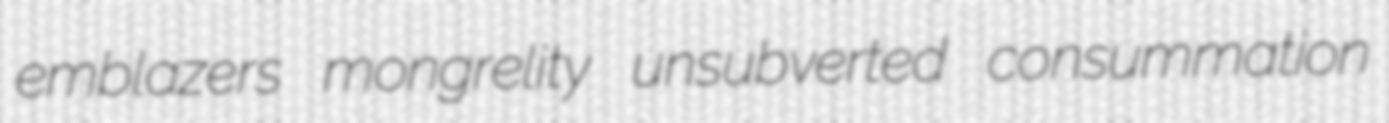
emblazers mongrelity unsubverted consummation